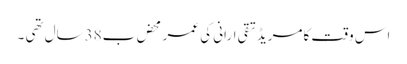
اس وقت کامریڈ تقی ارانی کی عمر محض ب38سال تھی ۔